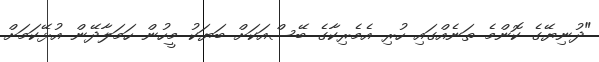
"ދުނިޔޭގެ ކޮންމެ ތަނެއްގައި ހުރި އެމެރިކާގެ ބޭސްއަކަށް ބަޔަކު މީހުން ހަމަލާދޭން އުޅޭކަމަށް